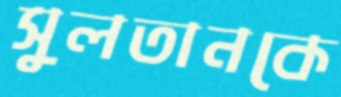
সুলতানকে